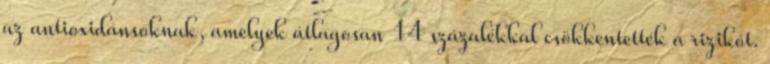
az antioxidánsoknak, amelyek átlagosan 14 százalékkal csökkentették a rizikót.